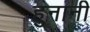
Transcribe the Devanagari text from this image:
हुनानी